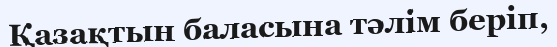
Қазақтын баласына тәлім беріп,